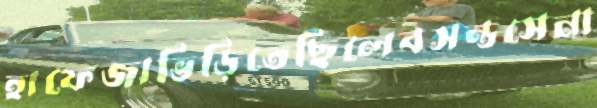
হাফেজাভিড়িতেছিলেবসন্তসেনা